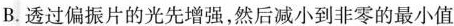
B.透过偏振片的光先增强，然后减小到非零的最小值